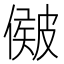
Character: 𥀃